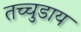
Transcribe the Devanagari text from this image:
तच्चुडाय